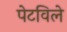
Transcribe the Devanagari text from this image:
पेटविले